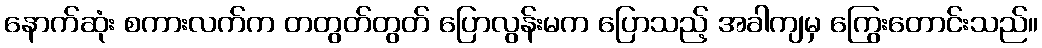
နောက်ဆုံး စကားလက်က တတွတ်တွတ် ပြောလွန်းမက ပြောသည့် အခါကျမှ ကြွေးတောင်းသည်။